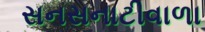
સનસનાટીવાળા